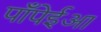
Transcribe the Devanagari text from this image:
पाँपेईआ